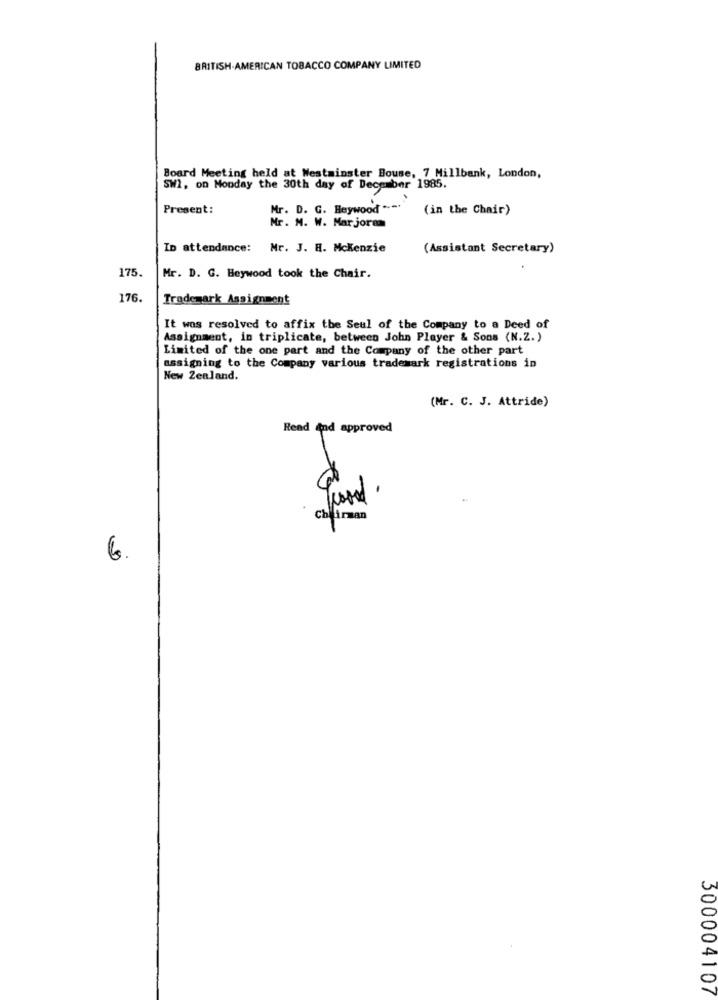
BRITISH-AMERICAN TOBACCO COMPANY LIMITED
Board Meeting held at Westminster Bouse, 7 Millbank, London,
SWI, on Monday the 30th day of December 1985.
Present:
Mr. D. G. Heywood ..-.
(in the Chair)
Mr. M. W. Marjoram
In attendance:
Mr. J. R. Mckenzie
(Assistant Secretary)
175.
Mr. D. G. Heywood took the Chair.
176.
Trademark Assignment
It was resolved to affix the Seul of the Company to a Deed of
Assignment, in triplicate, between John Player & Sons (N.Z.)
Limited of the one part and the Company of the other part
assigning to the Company various trademark registrations in
New Zealand.
(Mr. C. J. Attride)
Read and approved
Chairman
6.
300004107